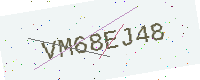
Text: VM68EJ48